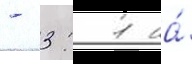
- 3: 1 на́